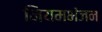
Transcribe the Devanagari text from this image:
नियमभंजन